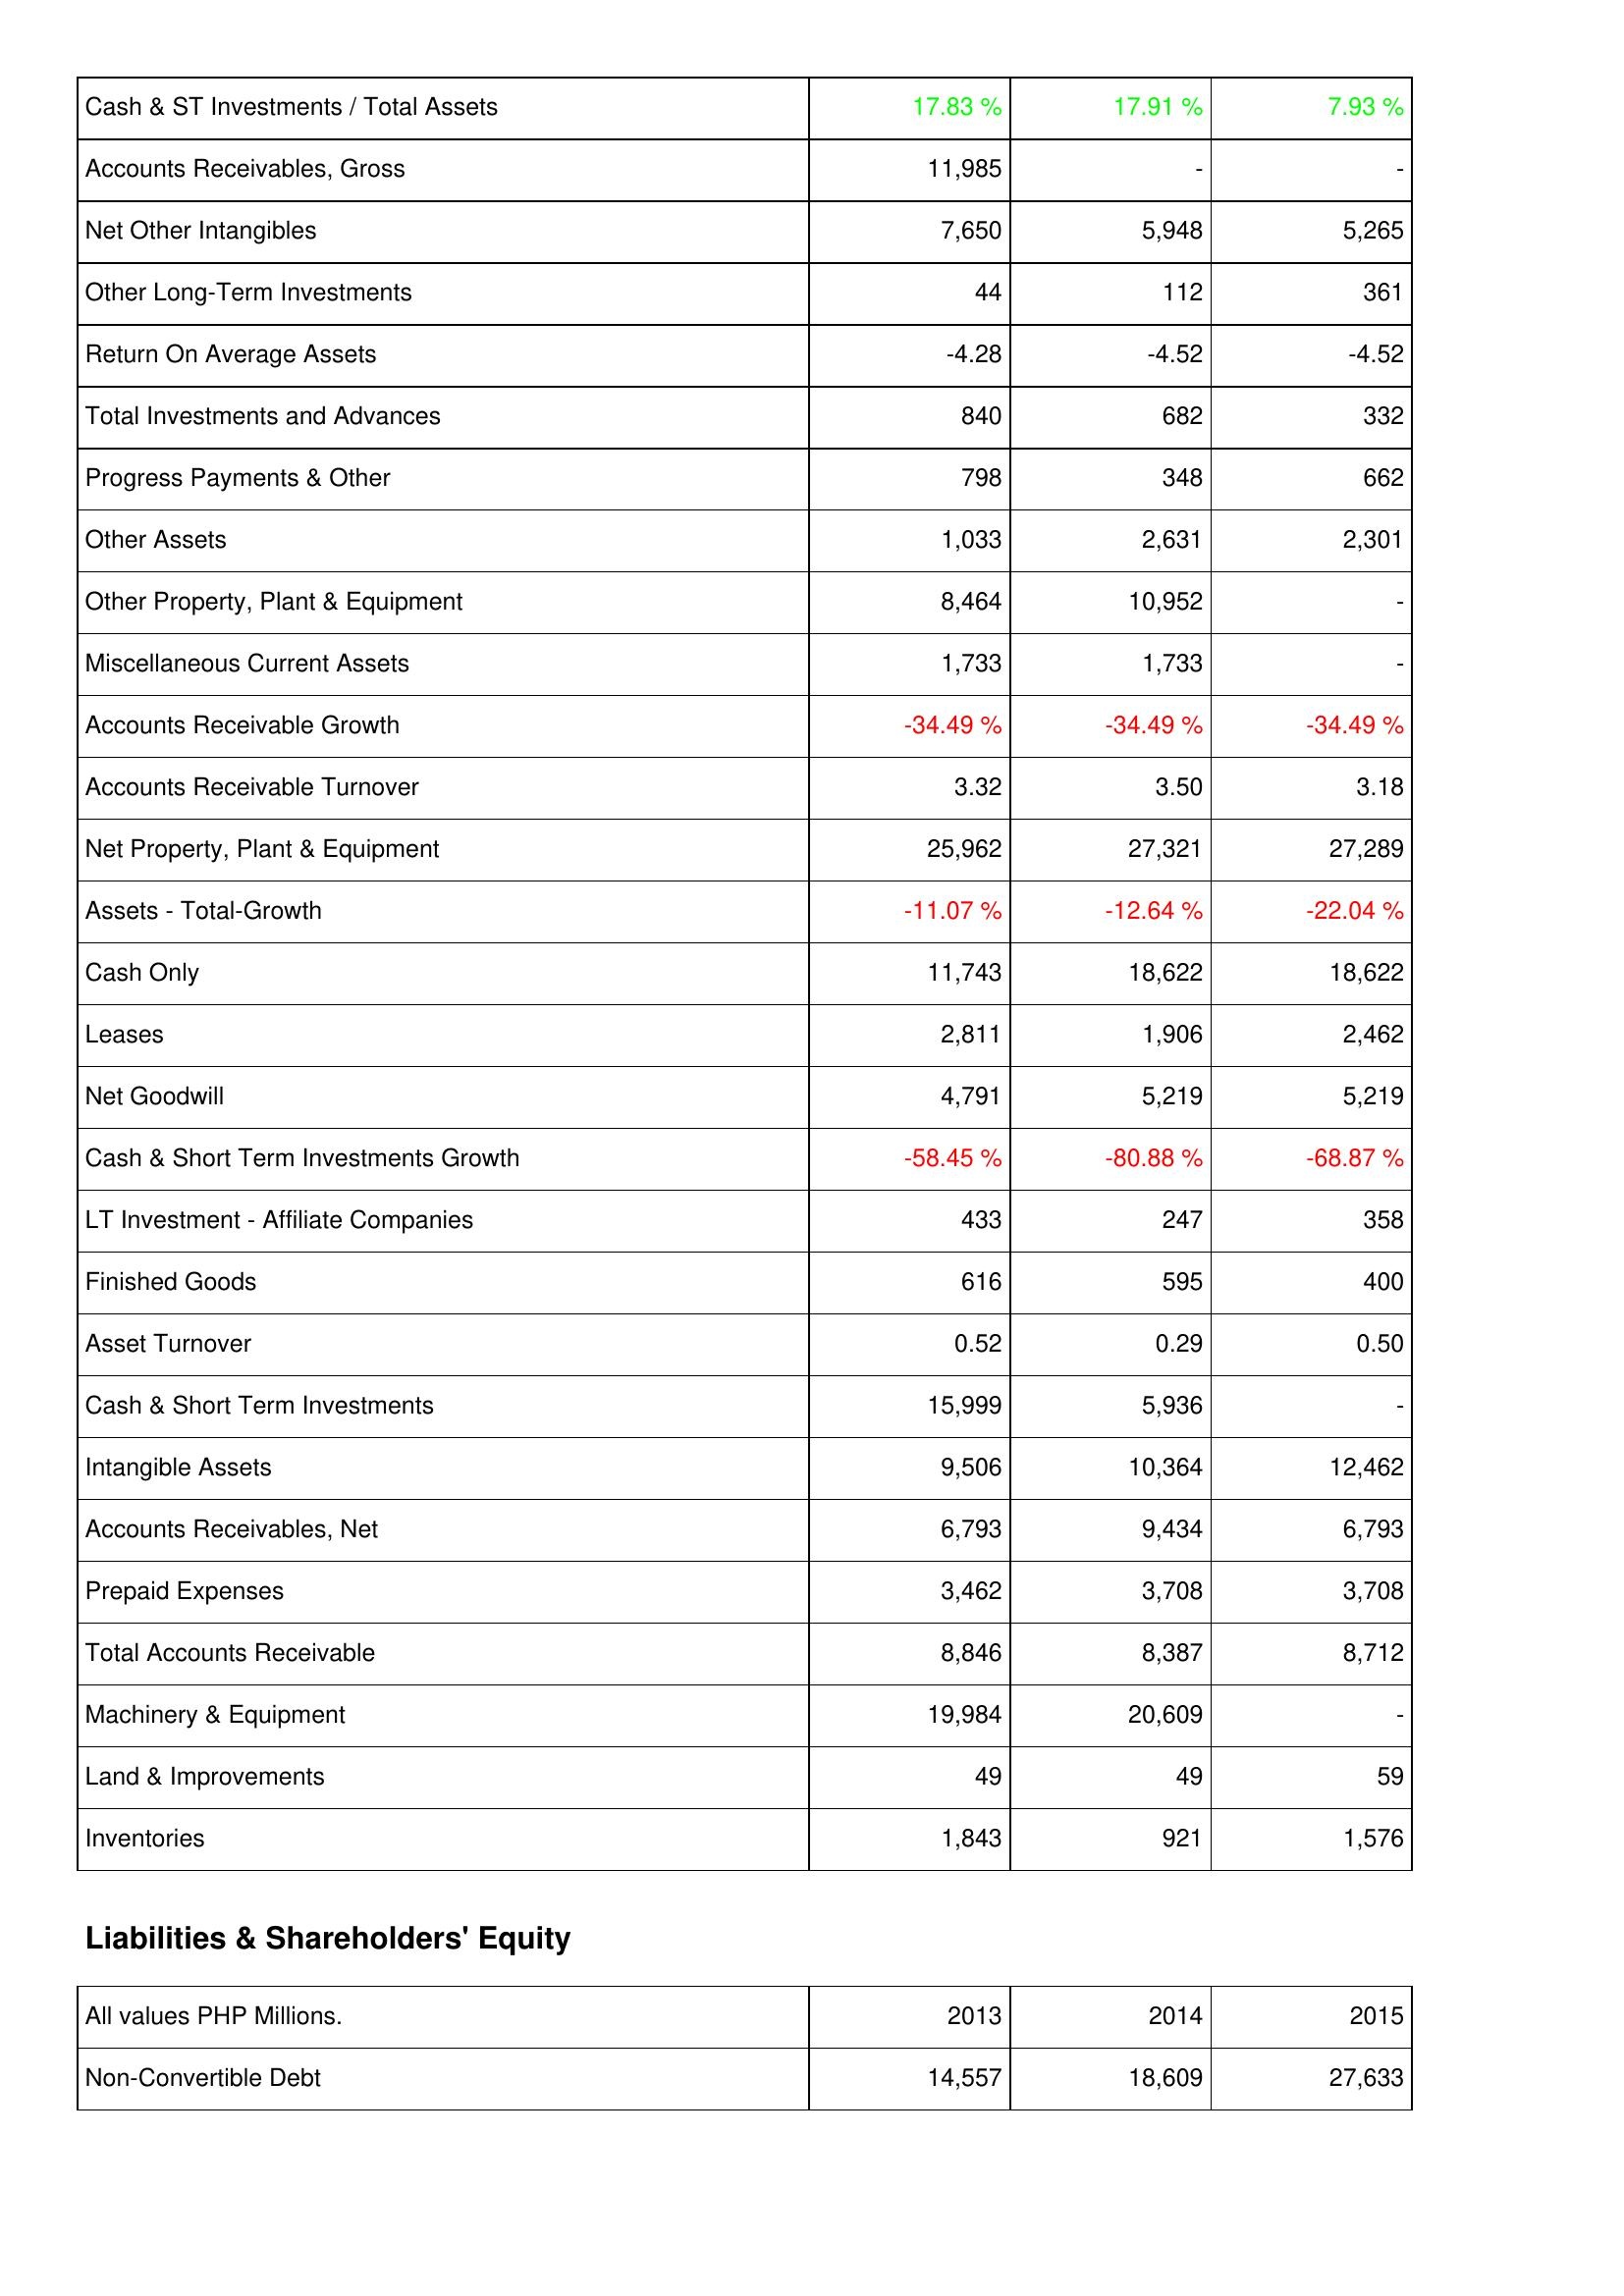
2013: Assets: Cash & ST Investments / Total Assets: 17.83 %
Accounts Receivables, Gross: 11,985
Net Other Intangibles: 7,650
Other Long-Term Investments: 44
Return On Average Assets: -4.28
Total Investments and Advances: 840
Progress Payments & Other: 798
Other Assets: 1,033
Other Property, Plant & Equipment: 8,464
Miscellaneous Current Assets: 1,733
Accounts Receivable Growth: -34.49 %
Accounts Receivable Turnover: 3.32
Net Property, Plant & Equipment: 25,962
Assets - Total-Growth: -11.07 %
Cash Only: 11,743
Leases: 2,811
Net Goodwill: 4,791
Cash & Short Term Investments Growth: -58.45 %
LT Investment - Affiliate Companies: 433
Finished Goods: 616
Asset Turnover: 0.52
Cash & Short Term Investments: 15,999
Intangible Assets: 9,506
Accounts Receivables, Net: 6,793
Prepaid Expenses: 3,462
Total Accounts Receivable: 8,846
Machinery & Equipment: 19,984
Land & Improvements: 49
Inventories: 1,843
Liabilities & Shareholders' Equity: Non-Convertible Debt: 14,557
2014: Assets: Cash & ST Investments / Total Assets: 17.91 %
Accounts Receivables, Gross: -
Net Other Intangibles: 5,948
Other Long-Term Investments: 112
Return On Average Assets: -4.52
Total Investments and Advances: 682
Progress Payments & Other: 348
Other Assets: 2,631
Other Property, Plant & Equipment: 10,952
Miscellaneous Current Assets: 1,733
Accounts Receivable Growth: -34.49 %
Accounts Receivable Turnover: 3.50
Net Property, Plant & Equipment: 27,321
Assets - Total-Growth: -12.64 %
Cash Only: 18,622
Leases: 1,906
Net Goodwill: 5,219
Cash & Short Term Investments Growth: -80.88 %
LT Investment - Affiliate Companies: 247
Finished Goods: 595
Asset Turnover: 0.29
Cash & Short Term Investments: 5,936
Intangible Assets: 10,364
Accounts Receivables, Net: 9,434
Prepaid Expenses: 3,708
Total Accounts Receivable: 8,387
Machinery & Equipment: 20,609
Land & Improvements: 49
Inventories: 921
Liabilities & Shareholders' Equity: Non-Convertible Debt: 18,609
2015: Assets: Cash & ST Investments / Total Assets: 7.93 %
Accounts Receivables, Gross: -
Net Other Intangibles: 5,265
Other Long-Term Investments: 361
Return On Average Assets: -4.52
Total Investments and Advances: 332
Progress Payments & Other: 662
Other Assets: 2,301
Other Property, Plant & Equipment: -
Miscellaneous Current Assets: -
Accounts Receivable Growth: -34.49 %
Accounts Receivable Turnover: 3.18
Net Property, Plant & Equipment: 27,289
Assets - Total-Growth: -22.04 %
Cash Only: 18,622
Leases: 2,462
Net Goodwill: 5,219
Cash & Short Term Investments Growth: -68.87 %
LT Investment - Affiliate Companies: 358
Finished Goods: 400
Asset Turnover: 0.50
Cash & Short Term Investments: -
Intangible Assets: 12,462
Accounts Receivables, Net: 6,793
Prepaid Expenses: 3,708
Total Accounts Receivable: 8,712
Machinery & Equipment: -
Land & Improvements: 59
Inventories: 1,576
Liabilities & Shareholders' Equity: Non-Convertible Debt: 27,633